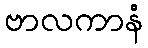
ဗာလကာနံ